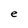
Character: e